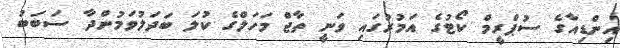
އިންޑިއާގެ ސުޕްރީމް ކޯޓުގެ އަމުރުގައި ވަނީ ތާޖް މަހަލްގެ ކުލަ ބަދަލުވަމުންދާ ސަބަބު